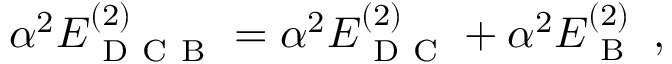
\begin{array} { r } { \alpha ^ { 2 } E _ { \mathrm { ~ D ~ C ~ B ~ } } ^ { ( 2 ) } = \alpha ^ { 2 } E _ { \mathrm { ~ D ~ C ~ } } ^ { ( 2 ) } + \alpha ^ { 2 } E _ { \mathrm { ~ B ~ } } ^ { ( 2 ) } \; , } \end{array}